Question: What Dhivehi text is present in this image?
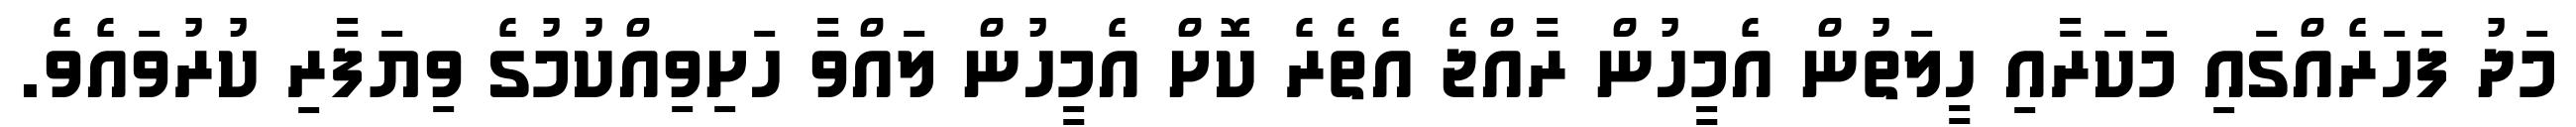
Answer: މަދު ފަހަރެއްގައި މަކަރާއި ހީލަތުން އެމީހުން ރާއްޖެ އެތެރެ ކޮށް އެމީހުން ލައްވާ ހަށިވިއްކުމުގެ ވިޔަފާރި ކުރުވައެވެ.